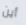
أين